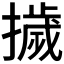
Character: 𭢴